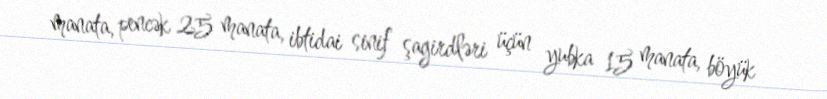
manata, pencək 25 manata, ibtidai sinif şagirdləri üçün yubka 15 manata, böyük